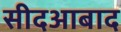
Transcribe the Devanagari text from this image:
सीदआबाद